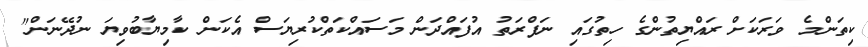
ކިތަންމެ ވަރަކަށް ރައްޔިތުންގެ ހިތުގައި ނަފްރަތު އުފައްދަން މަސައްކަތްކުރިޔަސް އެކަން ކާމިޔާބުވިޔަ ނުދޭނަން"